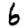
Digit: 6